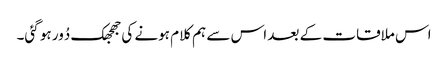
اس ملاقات کے بعد اس سے ہم کلام ہونے کی جھجھک دُور ہو گئی۔